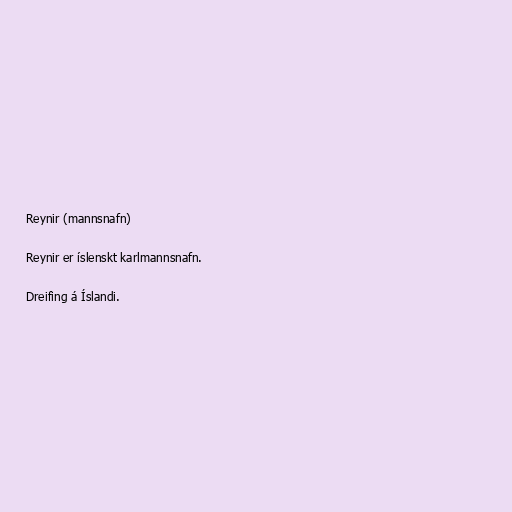
Reynir (mannsnafn)

Reynir er íslenskt karlmannsnafn.

Dreifing á Íslandi.